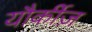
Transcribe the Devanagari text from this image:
यौर्कीज़